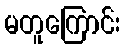
မတူကြောင်း